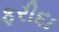
ફરીદા